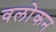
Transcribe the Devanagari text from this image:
वलोकन